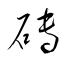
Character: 磚